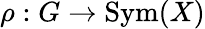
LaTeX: \rho:G\to\operatorname{Sym}(X)